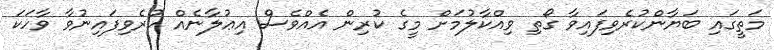
މަތީގައި ބަޔާންކުރެވިފައިވާ ގޯތި ވިއްކާލުމަށް މީގެ ކުރިން އެއްވެސް އިޢުލާނެއް ކުރެވިފައިނުވާ ވާހަކަ